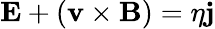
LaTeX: \mathbf{E}+(\mathbf{v}\times\mathbf{B})=\eta\mathbf{j}